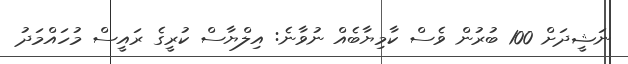
ނަޝީދަށް 100 ބުރުން ވެސް ކާމިޔާބެއް ނުވާނެ: އިލްޔާސް ކުރީގެ ރައީސް މުހައްމަދު